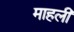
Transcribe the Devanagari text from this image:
माहली